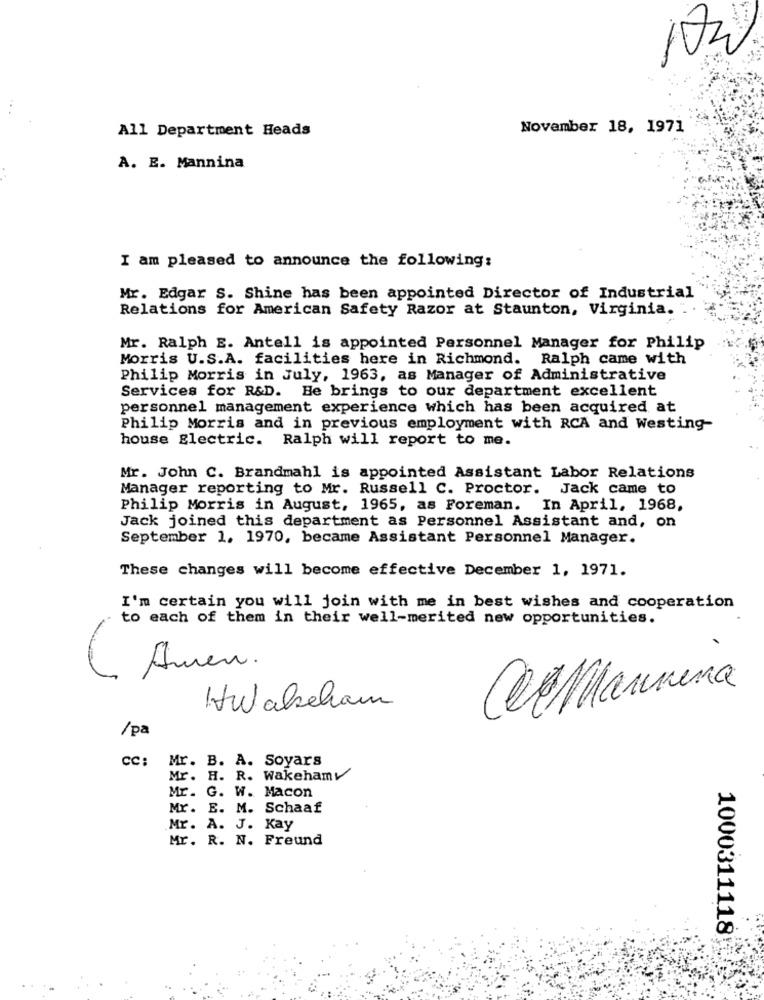
All Department Heads
November 18, 1971
A. E. Mannina
I am pleased to announce the following:
Mr. Edgar S. Shine has been appointed Director of Industrial
Relations for American Safety Razor at Staunton, Virginia. .
Mr. Ralph E. Antell is appointed Personnel Manager for Philip
Morris U.S.A. facilities here in Richmond. Ralph came with
Philip Morris in July, 1963, as Manager of Administrative
Services for R&D. He brings to our department excellent
personnel management experience which has been acquired at
Philip Morris and in previous employment with RCA and Westing-
house Electric. Ralph will report to me.
Mr. John C. Brandmahl is appointed Assistant Labor Relations
Manager reporting to Mr. Russell C. Proctor. Jack came to
Philip Morris in August, 1965, as Foreman. In April, 1968,
Jack joined this department as Personnel Assistant and, on
September 1. 1970, became Assistant Personnel Manager.
These changes will become effective December 1, 1971.
I'm certain you will join with me in best wishes and cooperation
to each of them in their well-merited new opportunities.
Amen.
Cet Mannina
Hwaleham
/pa
cc:
Mr. B. A. Soyars
Mr. H. R. Wakehamv
Mr. G. W. Macon
Mr. E. M. Schaaf
Mr. A. J. Kay
Mr. R. N. Freund
1000311118